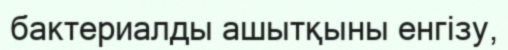
бактериалды ашытқыны енгізу,